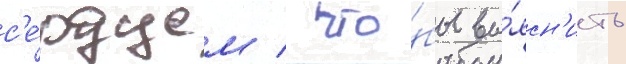
с'е́рдцем / что́бы вы́ясн'ить